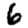
Digit: 6